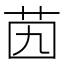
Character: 𦭉